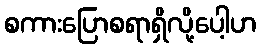
စကားပြောစရာရှိလို့ပေါ့ဟ